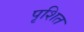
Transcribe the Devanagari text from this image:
पृशित